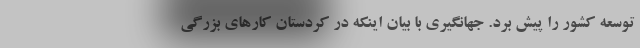
توسعه کشور را پیش برد. جهانگیری با بیان اینکه در کردستان کارهای بزرگی